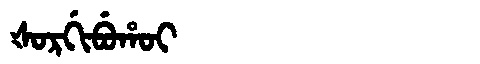
Manchu: ᡧᠣᡵᡤᡳᠪᡠᡥᠣᡳ
Romanization: ŠORGIBUHOI